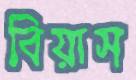
বিয়াস